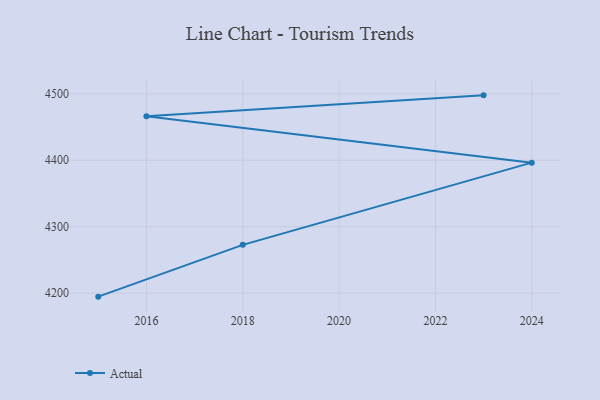
{"axis": {"x": "Year", "y": "Operating Costs (USD K)"}, "legend": ["Actual"], "data": [{"x": "2015", "y": 4194.7, "type": "Actual"}, {"x": "2018", "y": 4272.7, "type": "Actual"}, {"x": "2024", "y": 4396.4, "type": "Actual"}, {"x": "2016", "y": 4466.4, "type": "Actual"}, {"x": "2023", "y": 4497.7, "type": "Actual"}]}